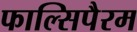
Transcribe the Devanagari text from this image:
फाल्सिपैरम